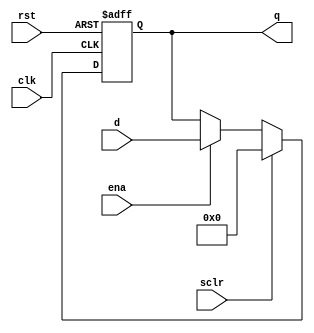
module mar
	#(	parameter		DATA_WIDTH = 4)
	(	input		wire	clk,
		input		wire	ena,
		input		wire	rst,
		input		wire	sclr,
		input		wire	[DATA_WIDTH-1:0]	d,
		output	wire	[DATA_WIDTH-1:0]	q
	);
	
	reg	[DATA_WIDTH-1:0] q1;
	
	always @(posedge clk, posedge rst) begin
		if (rst) begin
			q1 <= {DATA_WIDTH{1'b0}};
		end else if (sclr) begin
			q1 <= {DATA_WIDTH{1'b0}};
		end else if (ena) begin
			q1 <= d;
		end
	end
	
	assign	q = q1;
	
endmodule